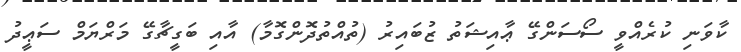
ކާވަނި ކުރެއްވީ ސޯސަންގޭ ޢާއިޝަތު ޒުބައިރު (ތުއްތުދޮންގޮމާ) އާއި ބަގީޗާގޭ މަރްޔަމް ސަޢީދު